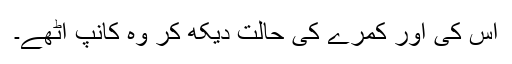
اُس کی اور کمرے کی حالت دیکھ کر وہ کانپ اُٹھے۔